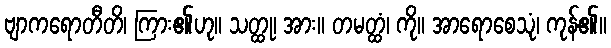
ဗျာကရောတီတိ၊ ကြား၏ဟု။ သတ္ထု၊ အား။ တမတ္ထံ၊ ကို။ အာရောစေသုံ၊ ကုန်၏။